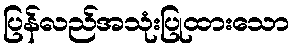
ပြန်လည်အသုံးပြုထားသော